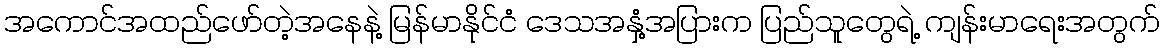
အကောင်အထည်ဖော်တဲ့အနေနဲ့ မြန်မာနိုင်ငံ ဒေသအနှံ့အပြားက ပြည်သူတွေရဲ့ ကျန်းမာရေးအတွက်